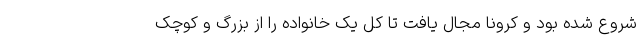
شروع شده بود و کرونا مجال یافت تا کل یک خانواده را از بزرگ و کوچک